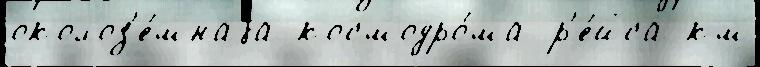
околоз'е́мнаjа космодро́ма р'е́йса км